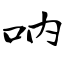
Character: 呐